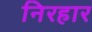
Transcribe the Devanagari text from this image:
निरहार